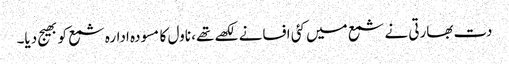
دت بھارتی نے شمع میں کئی افسانے لکھے تھے، ناول کا مسودہ ادارہ شمع کو بھیج دیا۔